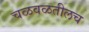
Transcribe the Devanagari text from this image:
चळवळतीलच